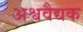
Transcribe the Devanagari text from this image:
अश्ववैद्यक